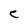
Character: C